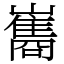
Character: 巂